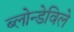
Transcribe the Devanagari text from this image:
ब्लोन्डेविले